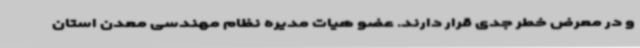
و در معرض خطر جدی قرار دارند. عضو هیات مدیره نظام مهندسی معدن استان